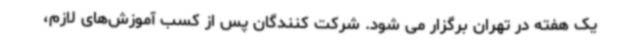
یک هفته در تهران برگزار می شود. شرکت کنندگان پس از کسب آموزش‌های لازم،